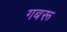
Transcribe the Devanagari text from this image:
गबरू